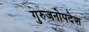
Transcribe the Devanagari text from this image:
गुरुजनोपदेश